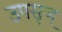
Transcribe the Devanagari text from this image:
उपसृज्